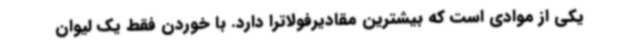
یکی از موادی است که بیشترین مقادیرفولاترا دارد. با خوردن فقط یک لیوان